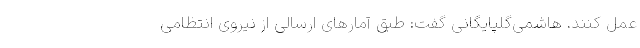
عمل کنند. هاشمی‌گلپایگانی گفت: طبق آمارهای ارسالی از نیروی انتظامی